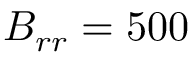
B _ { r r } = 5 0 0